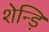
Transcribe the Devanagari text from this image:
शेन्ड़ि